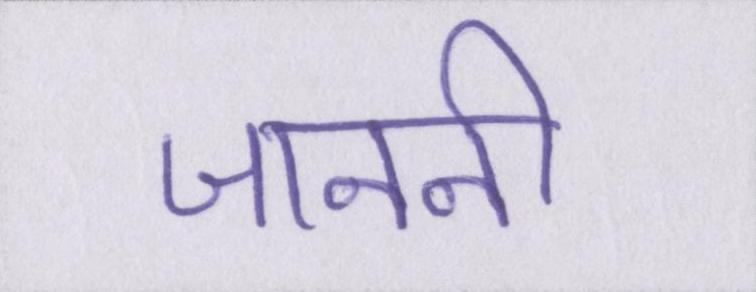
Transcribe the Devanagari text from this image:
जाननी